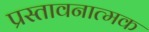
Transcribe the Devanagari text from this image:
प्रस्तावनात्मक